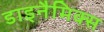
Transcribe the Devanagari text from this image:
डाइनैमिक्स